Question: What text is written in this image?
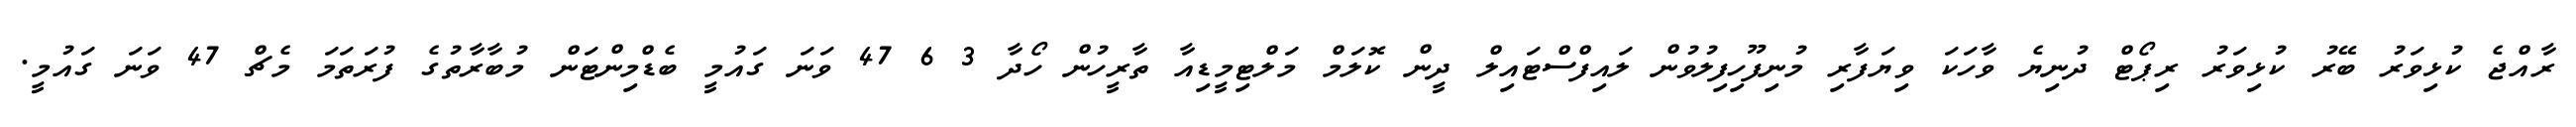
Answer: ރާއްޖެ ކުޅިވަރު ބޭރު ކުޅިވަރު ރިޕޯޓް ދުނިޔެ ވާހަކަ ވިޔަފާރި މުނިފޫހިފިލުވުން ލައިފްސްޓައިލް ދީން ކޮލަމް މަލްޓިމީޑިއާ ތާރީހުން ހޯދާ 3 6 47 ވަނަ ގައުމީ ބެޑްމިންޓަން މުބާރާތުގެ ފުރަތަމަ މެޗް 47 ވަނަ ގައުމީ.